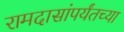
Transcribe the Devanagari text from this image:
रामदासांपर्यंतच्या